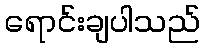
ရောင်းချပါသည်